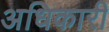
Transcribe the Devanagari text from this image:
अधिकारी